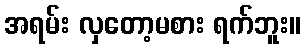
အရမ်း လှတော့မစား ရက်ဘူး။